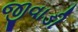
જીવાડી